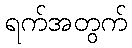
ရက်အတွက်